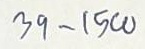
39 - 1500